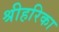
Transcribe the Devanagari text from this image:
श्रीहरिका